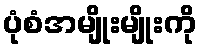
ပုံစံအမျိုးမျိုးကို